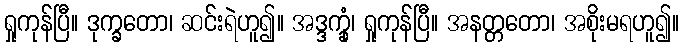
ရှုကုန်ပြီ။ ဒုက္ခတော၊ ဆင်းရဲဟူ၍။ အဒ္ဒက္ခုံ၊ ရှုကုန်ပြီ။ အနတ္တတော၊ အစိုးမရဟူ၍။